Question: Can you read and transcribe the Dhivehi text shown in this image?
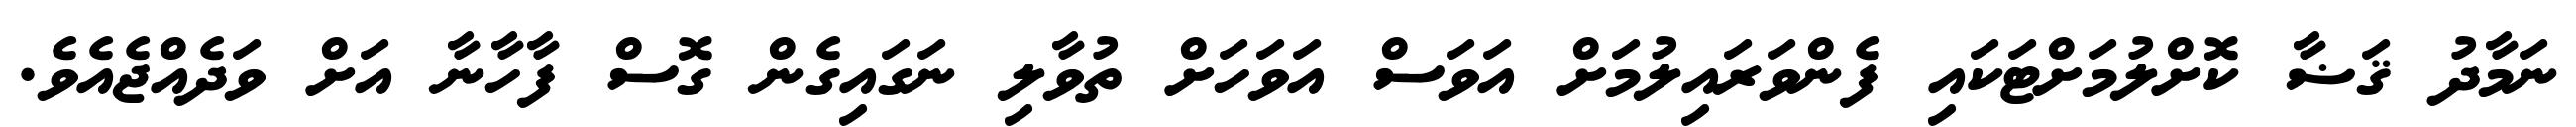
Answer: ނަމާދު ޤަޟާ ކޮށްލުމަށްޓަކައި ފެންވަރައިލުމަށް އަވަސް އަވަހަށް ތުވާލި ނަގައިގެން ގޮސް ފާހާނާ އަށް ވަދެއްޖެއެވެ.